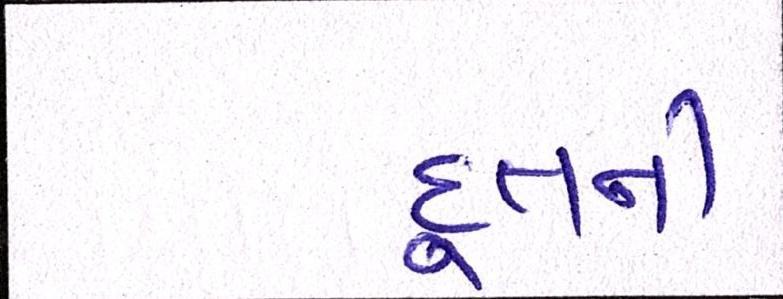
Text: દૂતની